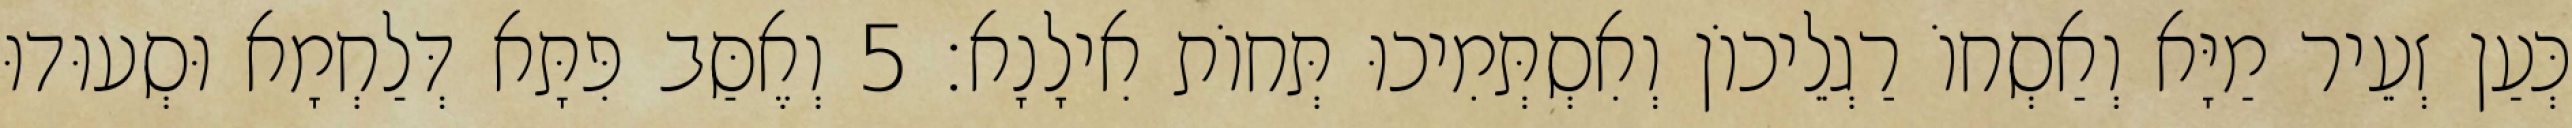
כְּעַן זְעֵיר מַיָּא וְאַסְחוֹ רַגְלֵיכוֹן וְאִסְתְּמִיכוּ תְּחוֹת אִילָנָא׃ 5 וְאֶסַּב פִּתָּא דְּלַחְמָא וּסְעוּדוּ